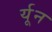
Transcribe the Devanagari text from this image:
र्यून